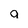
Character: a